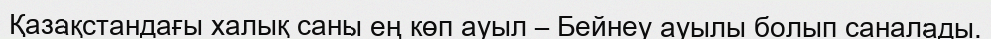
Қазақстандағы халық саны ең көп ауыл – Бейнеу ауылы болып саналады.